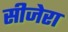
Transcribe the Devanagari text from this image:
सीजेरा